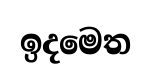
ඉදමෙත